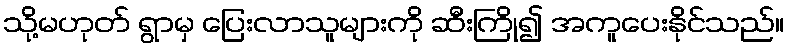
သို့မဟုတ် ရွာမှ ပြေးလာသူများကို ဆီးကြို၍ အကူပေးနိုင်သည်။